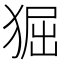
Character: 𤟎